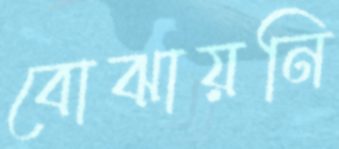
বোঝায়নি